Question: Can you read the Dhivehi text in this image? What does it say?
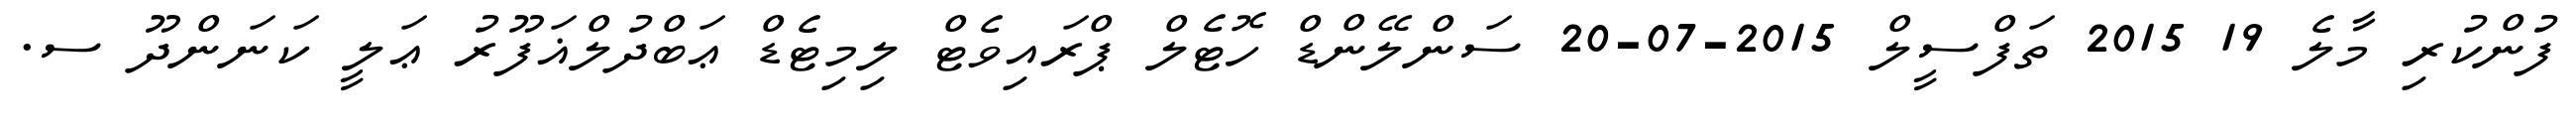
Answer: ފުންކުރި މާލެ 19 2015 ތަފްސީލް 2015-07-20 ސަންލޭންޑް ހޮޓެލް ޕްރައިވެޓް ލިމިޓެޑް ޢަބްދުލްޣަފޫރު ޢަލީ ކަނަންދޫ ސ.